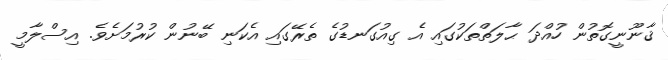
ޤާނޫނީގޮތުން ހުއްދަ ޙާލަތްތަކުގައި އެ ގިއުގަނޑުގެ ތެރޭގައި އެކަނި ބޭނުން ކުރުމަށެވެ. އިސްލާމީ